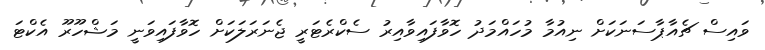
ވައިސް ޗެއާޕާސަނަކަށް ނިއުމާ މުހައްމަދު ހޮވާފައިވާއިރު ސެކްރެޓަރީ ޖެނަރަލަކަށް ހޮވާފައިވަނީ މަޝްހޫރޫ އެކްޓަ